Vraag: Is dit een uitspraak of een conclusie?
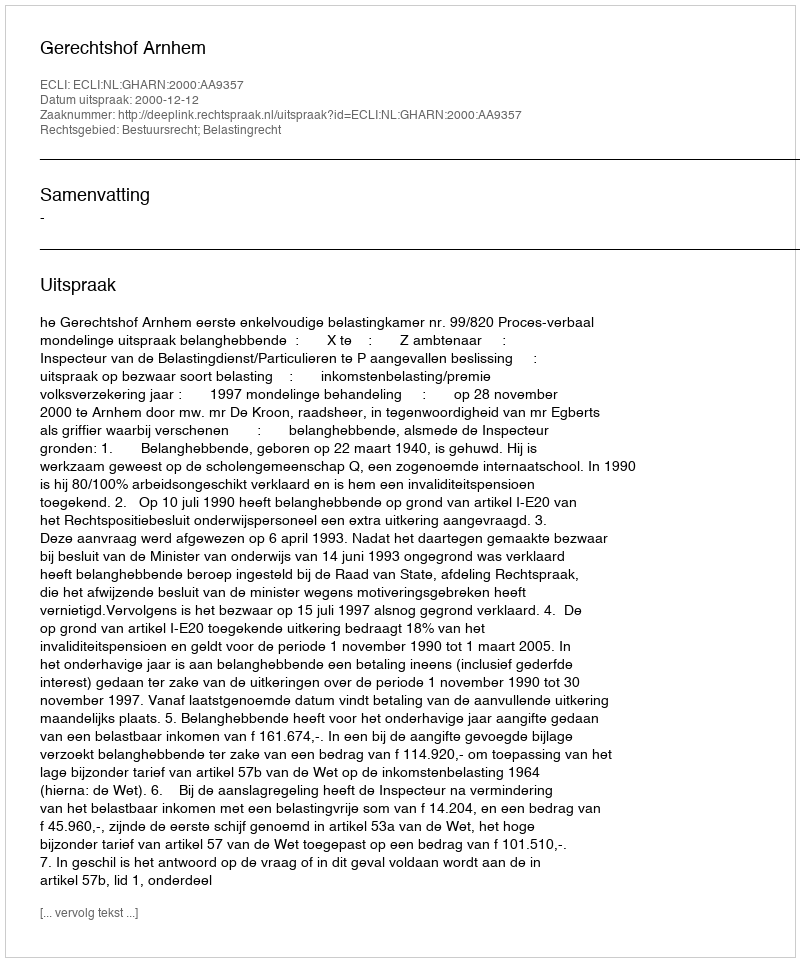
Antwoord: Uitspraak